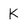
Character: K